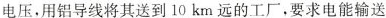
电压，用铝导线将其送到10km远的工厂，要求电能输送